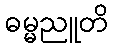
ဓမ္မညူတိ